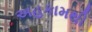
અહકામથી